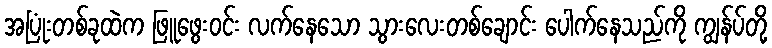
အပြုံးတစ်ခုထဲက ဖြူဖွေးဝင်း လက်နေသော သွားလေးတစ်ချောင်း ပေါက်နေသည်ကို ကျွန်ပ်တို့